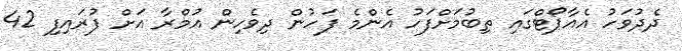
ދެދުވަހު އެއާޕޯޓްގައި ތިބުމަށްފަހު އެންމެ ފަހުން ދިވެހިން އުމްރާ އަށް ފުރައިފި 42